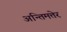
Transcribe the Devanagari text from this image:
अन्तिमत्तेर